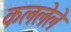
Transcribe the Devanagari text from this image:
कललेले